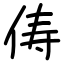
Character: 俦